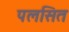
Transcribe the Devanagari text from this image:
पलसित